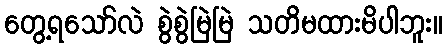
တွေ့ရသော်လဲ စွဲစွဲမြဲမြဲ သတိမထားမိပါဘူး။